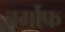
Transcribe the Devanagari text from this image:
बर्गोफ